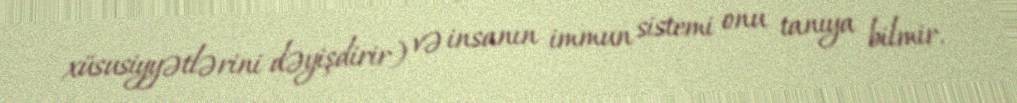
xüsusiyyətlərini dəyişdirir) və insanın immun sistemi onu tanıya bilmir.